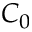
C _ { 0 }